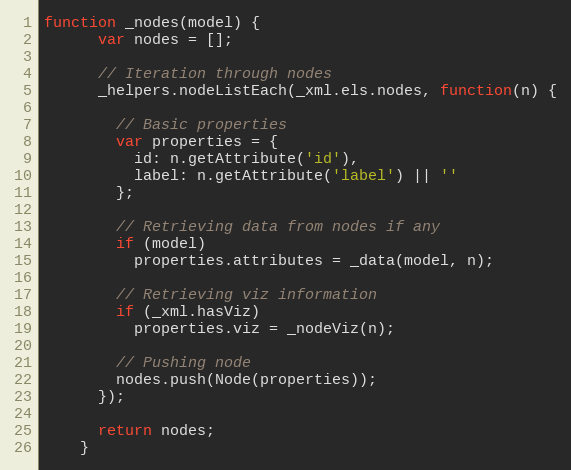
Language: JavaScript
function _nodes(model) {
      var nodes = [];

      // Iteration through nodes
      _helpers.nodeListEach(_xml.els.nodes, function(n) {

        // Basic properties
        var properties = {
          id: n.getAttribute('id'),
          label: n.getAttribute('label') || ''
        };

        // Retrieving data from nodes if any
        if (model)
          properties.attributes = _data(model, n);

        // Retrieving viz information
        if (_xml.hasViz)
          properties.viz = _nodeViz(n);

        // Pushing node
        nodes.push(Node(properties));
      });

      return nodes;
    }